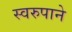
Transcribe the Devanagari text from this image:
स्वरुपाने